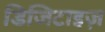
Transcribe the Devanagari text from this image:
डिजिटाइज़